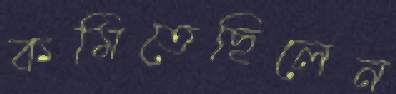
কমিতেছিলেন